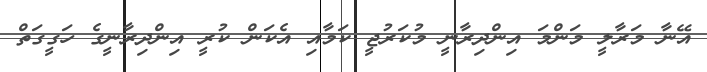
އޭނާ މަރާލީ މަންމަ އިންދިރާނީ މުކަރުޖީ ކަމާއި އެކަން ކުރީ އިންދިރާނީގެ ހަގީގަތް